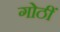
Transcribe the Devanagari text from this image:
गोठीं